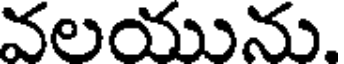
వలయును.